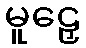
မူဠှေ